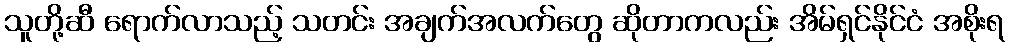
သူတို့ဆီ ရောက်လာသည့် သတင်း အချက်အလက်တွေ ဆိုတာကလည်း အိမ်ရှင်နိုင်ငံ အစိုးရ